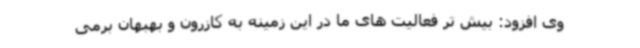
وی افزود: بیش تر فعالیت های ما در این زمینه به کازرون و بهبهان برمی